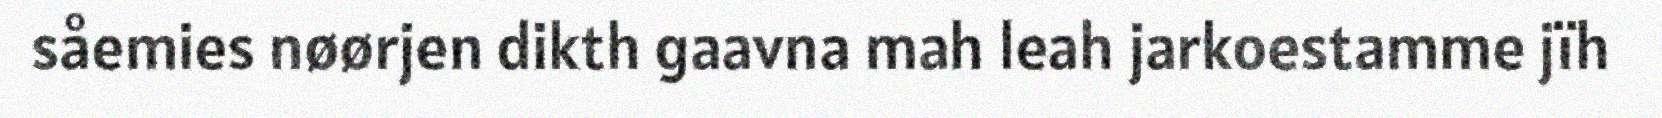
såemies nøørjen dikth gaavna mah leah jarkoestamme jïh